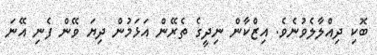
ބޮކި ދިއްލާލެވުނެވެ. އިޒްކާން ނިދީގެ ތެރޭން އަޅަމުން ދިޔަ ވޭން ފެނި އޭނަ